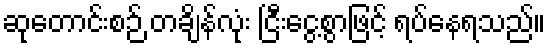
ဆုတောင်းစဉ် တချိန်လုံး ငြီးငွေ့စွာဖြင့် ရပ်နေရသည်။